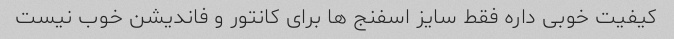
کیفیت خوبی داره فقط سایز اسفنج ها برای کانتور و فاندیشن خوب نیست